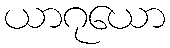
ယာဂုယော